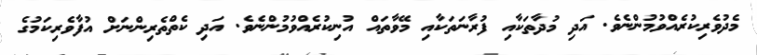
މެދުވެރިކުރެއްވުމުންނެވެ. އަދި މުދާތަކާއި ފުރާނަތަކާއި މޭވާތައް އުނިކުރެއްވުމުންނެވެ. އަދި ކެތްތެރިންނަށް އުފާވެރިކަމުގެ